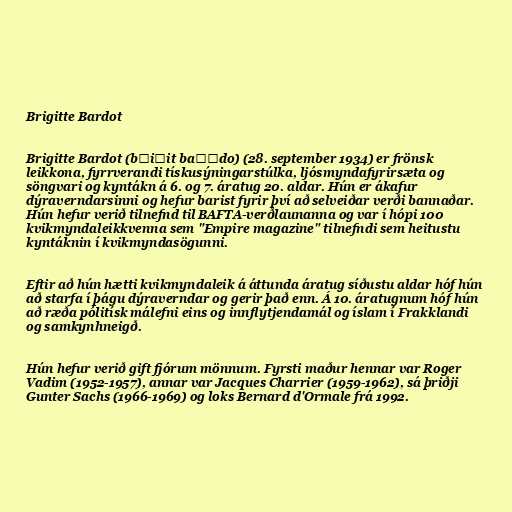
Brigitte Bardot

Brigitte Bardot (bʁiʒit baʁˈdo) (28. september 1934) er frönsk
leikkona, fyrrverandi tískusýningarstúlka, ljósmyndafyrirsæta og
söngvari og kyntákn á 6. og 7. áratug 20. aldar. Hún er ákafur
dýraverndarsinni og hefur barist fyrir því að selveiðar verði bannaðar.
Hún hefur verið tilnefnd til BAFTA-verðlaunanna og var í hópi 100
kvikmyndaleikkvenna sem "Empire magazine" tilnefndi sem heitustu
kyntáknin í kvikmyndasögunni.

Eftir að hún hætti kvikmyndaleik á áttunda áratug síðustu aldar hóf hún
að starfa í þágu dýraverndar og gerir það enn. Á 10. áratugnum hóf hún
að ræða pólitísk málefni eins og innflytjendamál og íslam í Frakklandi
og samkynhneigð.

Hún hefur verið gift fjórum mönnum. Fyrsti maður hennar var Roger
Vadim (1952-1957), annar var Jacques Charrier (1959-1962), sá þriðji
Gunter Sachs (1966-1969) og loks Bernard d'Ormale frá 1992.